Medical and sanitary report of the native army of Bengal for the year
Year: 1878
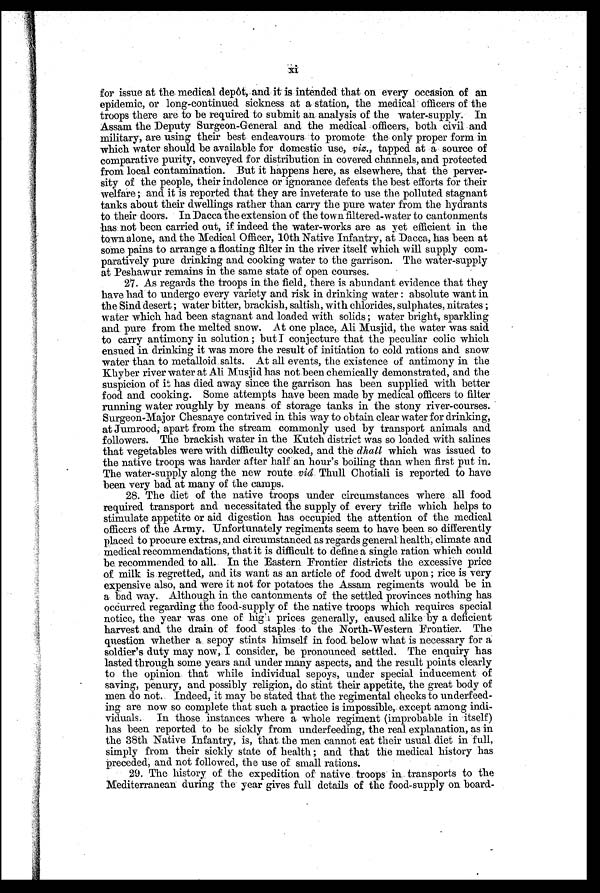
for issue at the medical depôt, and it is intended that on every occasion of an
epidemic, or long-continued sickness at a station, the medical officers of the
troops there are to be required to submit an analysis of the water-supply. In
Assam the Deputy Surgeon-General and the medical officers, both civil and
military, are using their best endeavours to promote the only proper form in
which water should be available for domestic use, viz., tapped at a source of
comparative purity, conveyed for distribution in covered channels, and protected
from local contamination. But it happens here, as elsewhere, that the perver
-
sity of the people, their indolence or ignorance defeats the best efforts for their
welfare; and it is reported that they are inveterate to use the polluted stagnant
tanks about their dwellings rather than carry the pure water from the hydrants
to their doors. In Dacca the extension of the town filtered-water to cantonments
has not been carried out, if indeed the water-works are as vet efficient in the
town alone, and the Medical Officer, 10th Native Infantry, at Dacca, has been at
some pains to arrange a floating filter in the river itself which will supply com
-
paratively pure drinking and cooking water to the garrison. The water-supply
at Peshawur remains in the same state of open courses.
27. As regards the troops in the field, there is abundant evidence that they
have had to undergo every variety and risk in drinking water: absolute want in
the Sind desert; water bitter, brackish, saltish, with chlorides, sulphates, nitrates;
water which had been stagnant and loaded with solids; water bright, sparkling
and pure from the melted snow. At one place, Ali Musjid, the water was said
to carry antimony in solution; but I conjecture that the peculiar colic which
ensued in drinking it was more the result of initiation to cold rations and snow
water than to metalloid, salts. At all events, the existence of antimony in the
Khyber river water at Ali Musjid has not been chemically demonstrated, and the
suspicion of it has died away since the garrison has been supplied with better
food and cooking. Some attempts have been made by medical officers to filter
running water roughly by means of storage tanks in the stony river-courses.
Surgeon-Major Chesnaye contrived in this way to obtain clear water for drinking,
at Jumrood, apart from the stream commonly used by transport animals and
followers. The brackish water in the Kutch district was so loaded with salines
that vegetables were with difficulty cooked, and the dhall which was issued to
the native troops was harder after half an hour's boiling than when first put in.
The water-supply along the new route viâ Thull Chotiali is reported to have
been very bad at many of the camps.
28. The diet of the native troops under circumstances where all food
required transport and necessitated the supply of every trifle which helps to
stimulate appetite or aid digestion has occupied the attention of the medical
officers of the Army. Unfortunately regiments seem to have been so differently
placed to procure extras, and circumstanced as regards general health, climate and
medical recommendations, that it is difficult to define a single ration which could
be recommended to all. In the Eastern Frontier districts the excessive price
of milk is regretted, and its want as an article of food dwelt upon; rice is very
expensive also, and were it not for potatoes the Assam regiments would be in
a bad way. Although in the cantonments of the settled provinces nothing has
occurred regarding the food-supply of the native troops which requires special
notice, the year was one of high prices generally, caused alike by a deficient
harvest and the drain of food staples to the North-Western Frontier. The
question whether a sepoy stints himself in food below what is necessary for a
soldier's duty may now, I consider, be pronounced settled. The enquiry has
lasted through some years and under many aspects, and the result points clearly
to the opinion that while individual sepoys, under special inducement of
saving, penury, and possibly religion, do stint their appetite, the great body of
men do not. Indeed, it may be stated that the regimental checks to underfeed
-
ing are now so complete that such a practice is impossible, except among
indi-
viduals. In those instances where a whole regiment (improbable in itself)
has been reported to be sickly from underfeeding, the real explanation, as in
the 38th Native Infantry, is, that the men cannot eat their usual diet in full,
simply from their sickly state of health; and that the medical history has
preceded, and not followed, the use of small rations.